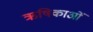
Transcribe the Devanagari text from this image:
ऋषिकाओं